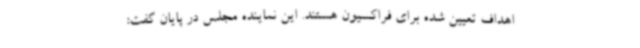
اهداف تعیین شده برای فراکسیون هستند. این نماینده مجلس در پایان گفت: